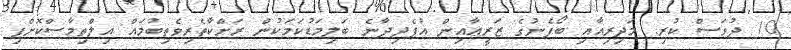
10 ދުވަސް ކުރި. މަދިރިއާއި ބޯފެނުގެ ޒަރީޢާއިން އުފެދިދާނެ ބަލިމަޑުކަމަކުން ރަށްކާތެރިވެތިބުމައް އިލްތިމާސްކޮށްފި